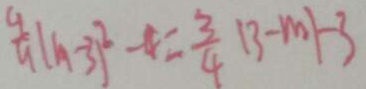
\frac { 4 } { 9 } ( m - 3 ) ^ { 2 } - 4 = \frac { 3 } { 4 } \vert 3 - m \vert - 3